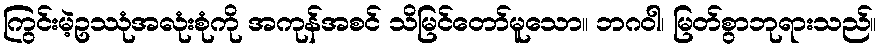
ကြွင်းမဲ့ဥဿုံအလုံးစုံကို အကုန်အစင် သိမြင်တော်မူသော။ ဘဂဝါ၊ မြတ်စွာဘုရားသည်။